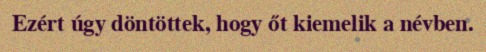
Ezért úgy döntöttek, hogy őt kiemelik a névben.